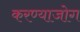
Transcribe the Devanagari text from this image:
करण्याजोग